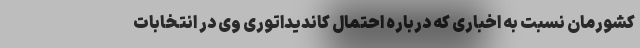
کشورمان نسبت به اخباری که درباره احتمال کاندیداتوری وی در انتخابات